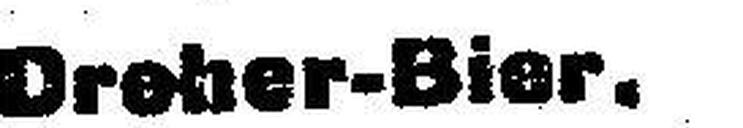
Dreher-Bier.